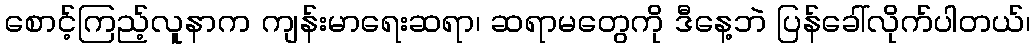
စောင့်ကြည့်လူနာက ကျန်းမာရေးဆရာ၊ ဆရာမတွေကို ဒီနေ့ဘဲ ပြန်ခေါ်လိုက်ပါတယ်၊